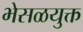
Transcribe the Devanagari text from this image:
भेसळयुक्त